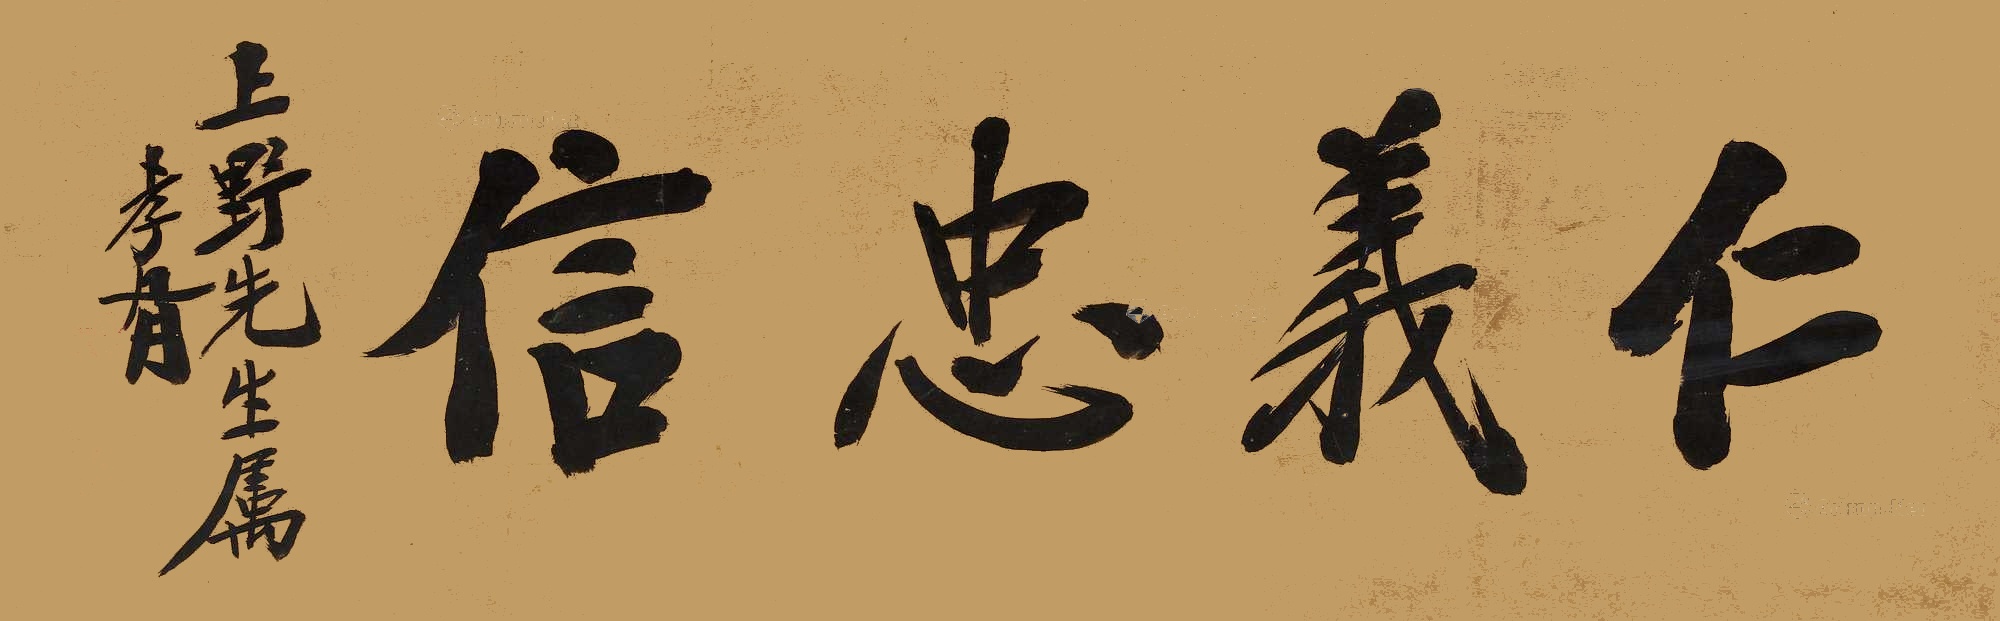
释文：仁义忠信上野先生属，孝胥。